画像に写った文字を読んでください
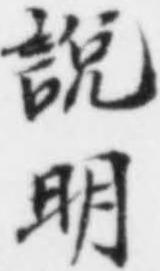
「說明」と書いてあります